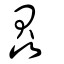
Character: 贔